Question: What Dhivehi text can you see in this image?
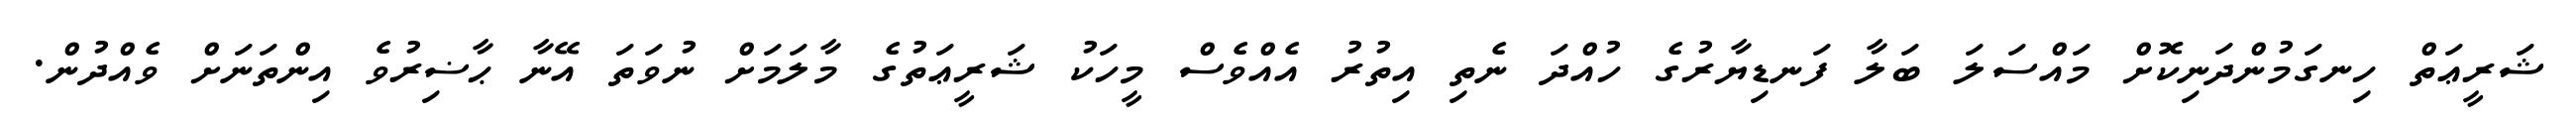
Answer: ޝަރީޢަތް ހިނގަމުންދަނިކޮށް މައްސަލަ ބަލާ ފަނޑިޔާރުގެ ހުއްދަ ނެތި އިތުރު އެއްވެސް މީހަކު ޝަރީޢަތުގެ މާލަމަށް ނުވަތަ އޭނާ ޙާޟިރުވެ އިންތަނަށް ވެއްދުން.